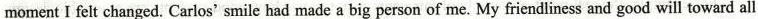
moment I felt changed.Carlossmile had made a big person of me.My friendliness and good will toward all